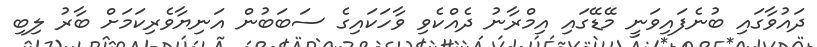
ދައުވާގައި ބުނެފައިވަނީ މޭޑޭގައި އިމްރާނު ދެއްކެވި ވާހަކައިގެ ސަބަބުން އަނިޔާވެރިކަމަށް ބާރު ލިބި